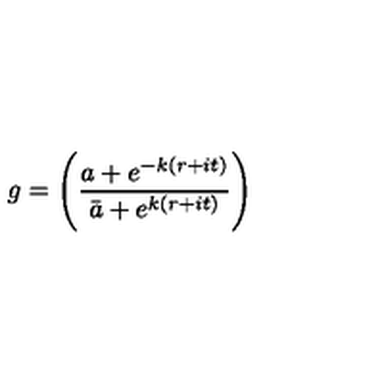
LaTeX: g = \Biggl ( { \frac { a + e ^ { - k ( r + i t ) } } { \bar { a } + e ^ { k ( r + i t ) } } } \Biggr )